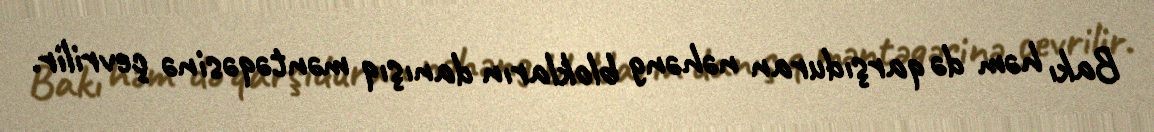
Bakı həm də qarşıduran nəhəng blokların danışıq məntəqəsinə çevrilir.